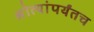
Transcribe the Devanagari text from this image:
श्रोत्यांपर्यंतच